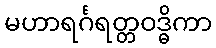
မဟာရင်္ဂရတ္တဝဒ္ဓိကာ